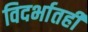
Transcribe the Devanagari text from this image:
विदर्भातही